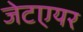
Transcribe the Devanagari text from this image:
जेटएयर